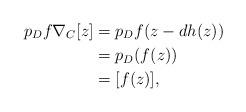
LaTeX: \begin{align*}p_D f \nabla_C [z] & = p_D f(z - dh(z)) \\& = p_D(f(z)) \\& = [f(z)],\end{align*}